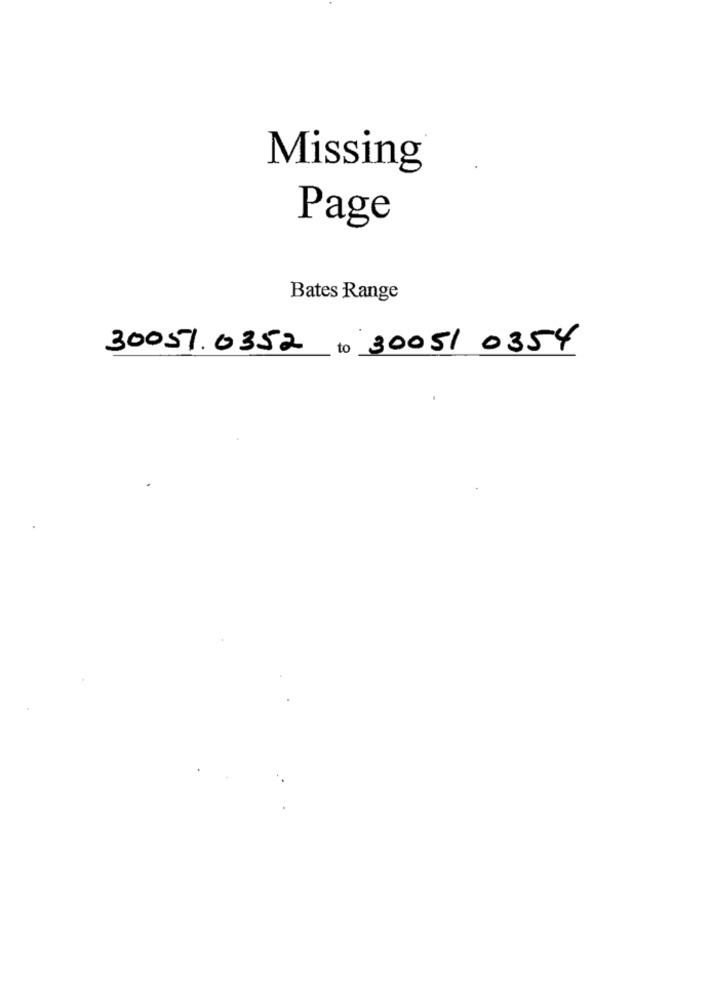
Missing
Page
Bates Range
30051.0352 to 30051 0354